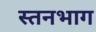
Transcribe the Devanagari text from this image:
स्तनभाग